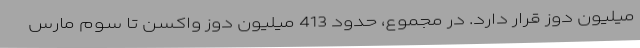
میلیون دوز قرار دارد. در مجموع، حدود 413 میلیون دوز واکسن تا سوم مارس